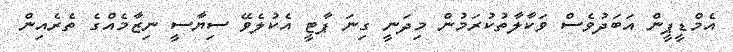
އެމްޑީޕީން އަބަދުވެސް ވަކާލާތުކުރަމުން މިދަނީ ގިނަ ޕާޓީ އެކުލެވޭ ސިޔާސީ ނިޒާމެއްގެ ތެރެއިން